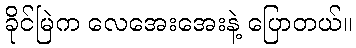
ခိုင်မြဲက လေအေးအေးနဲ့ ပြောတယ်။